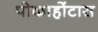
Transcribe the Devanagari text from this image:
पोकाहोंटास